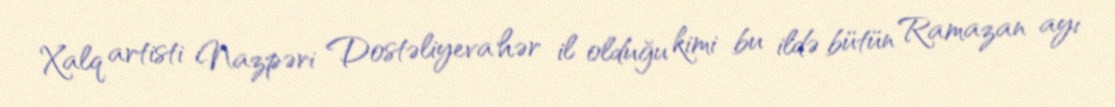
Xalq artisti Nazpəri Dostəliyeva hər il olduğu kimi bu ildə bütün Ramazan ayı